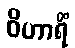
ဝိဟာရိံ